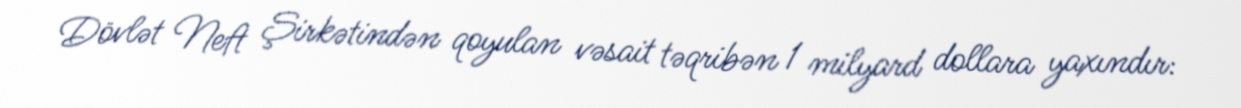
Dövlət Neft Şirkətindən qoyulan vəsait təqribən 1 milyard dollara yaxındır: